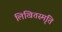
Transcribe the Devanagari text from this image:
लिखितस्मृति